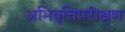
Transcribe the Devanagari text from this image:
अभिवृत्तिपरीक्षण